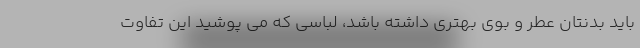
باید بدنتان عطر و بوی بهتری داشته باشد، لباسی که می پوشید این تفاوت